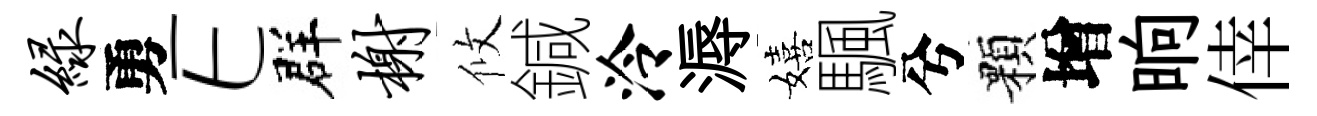
绿勇E群榭攸鍼泠溽嬉颿兮顆增晌倖